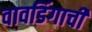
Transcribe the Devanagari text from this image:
वावडिंगाची